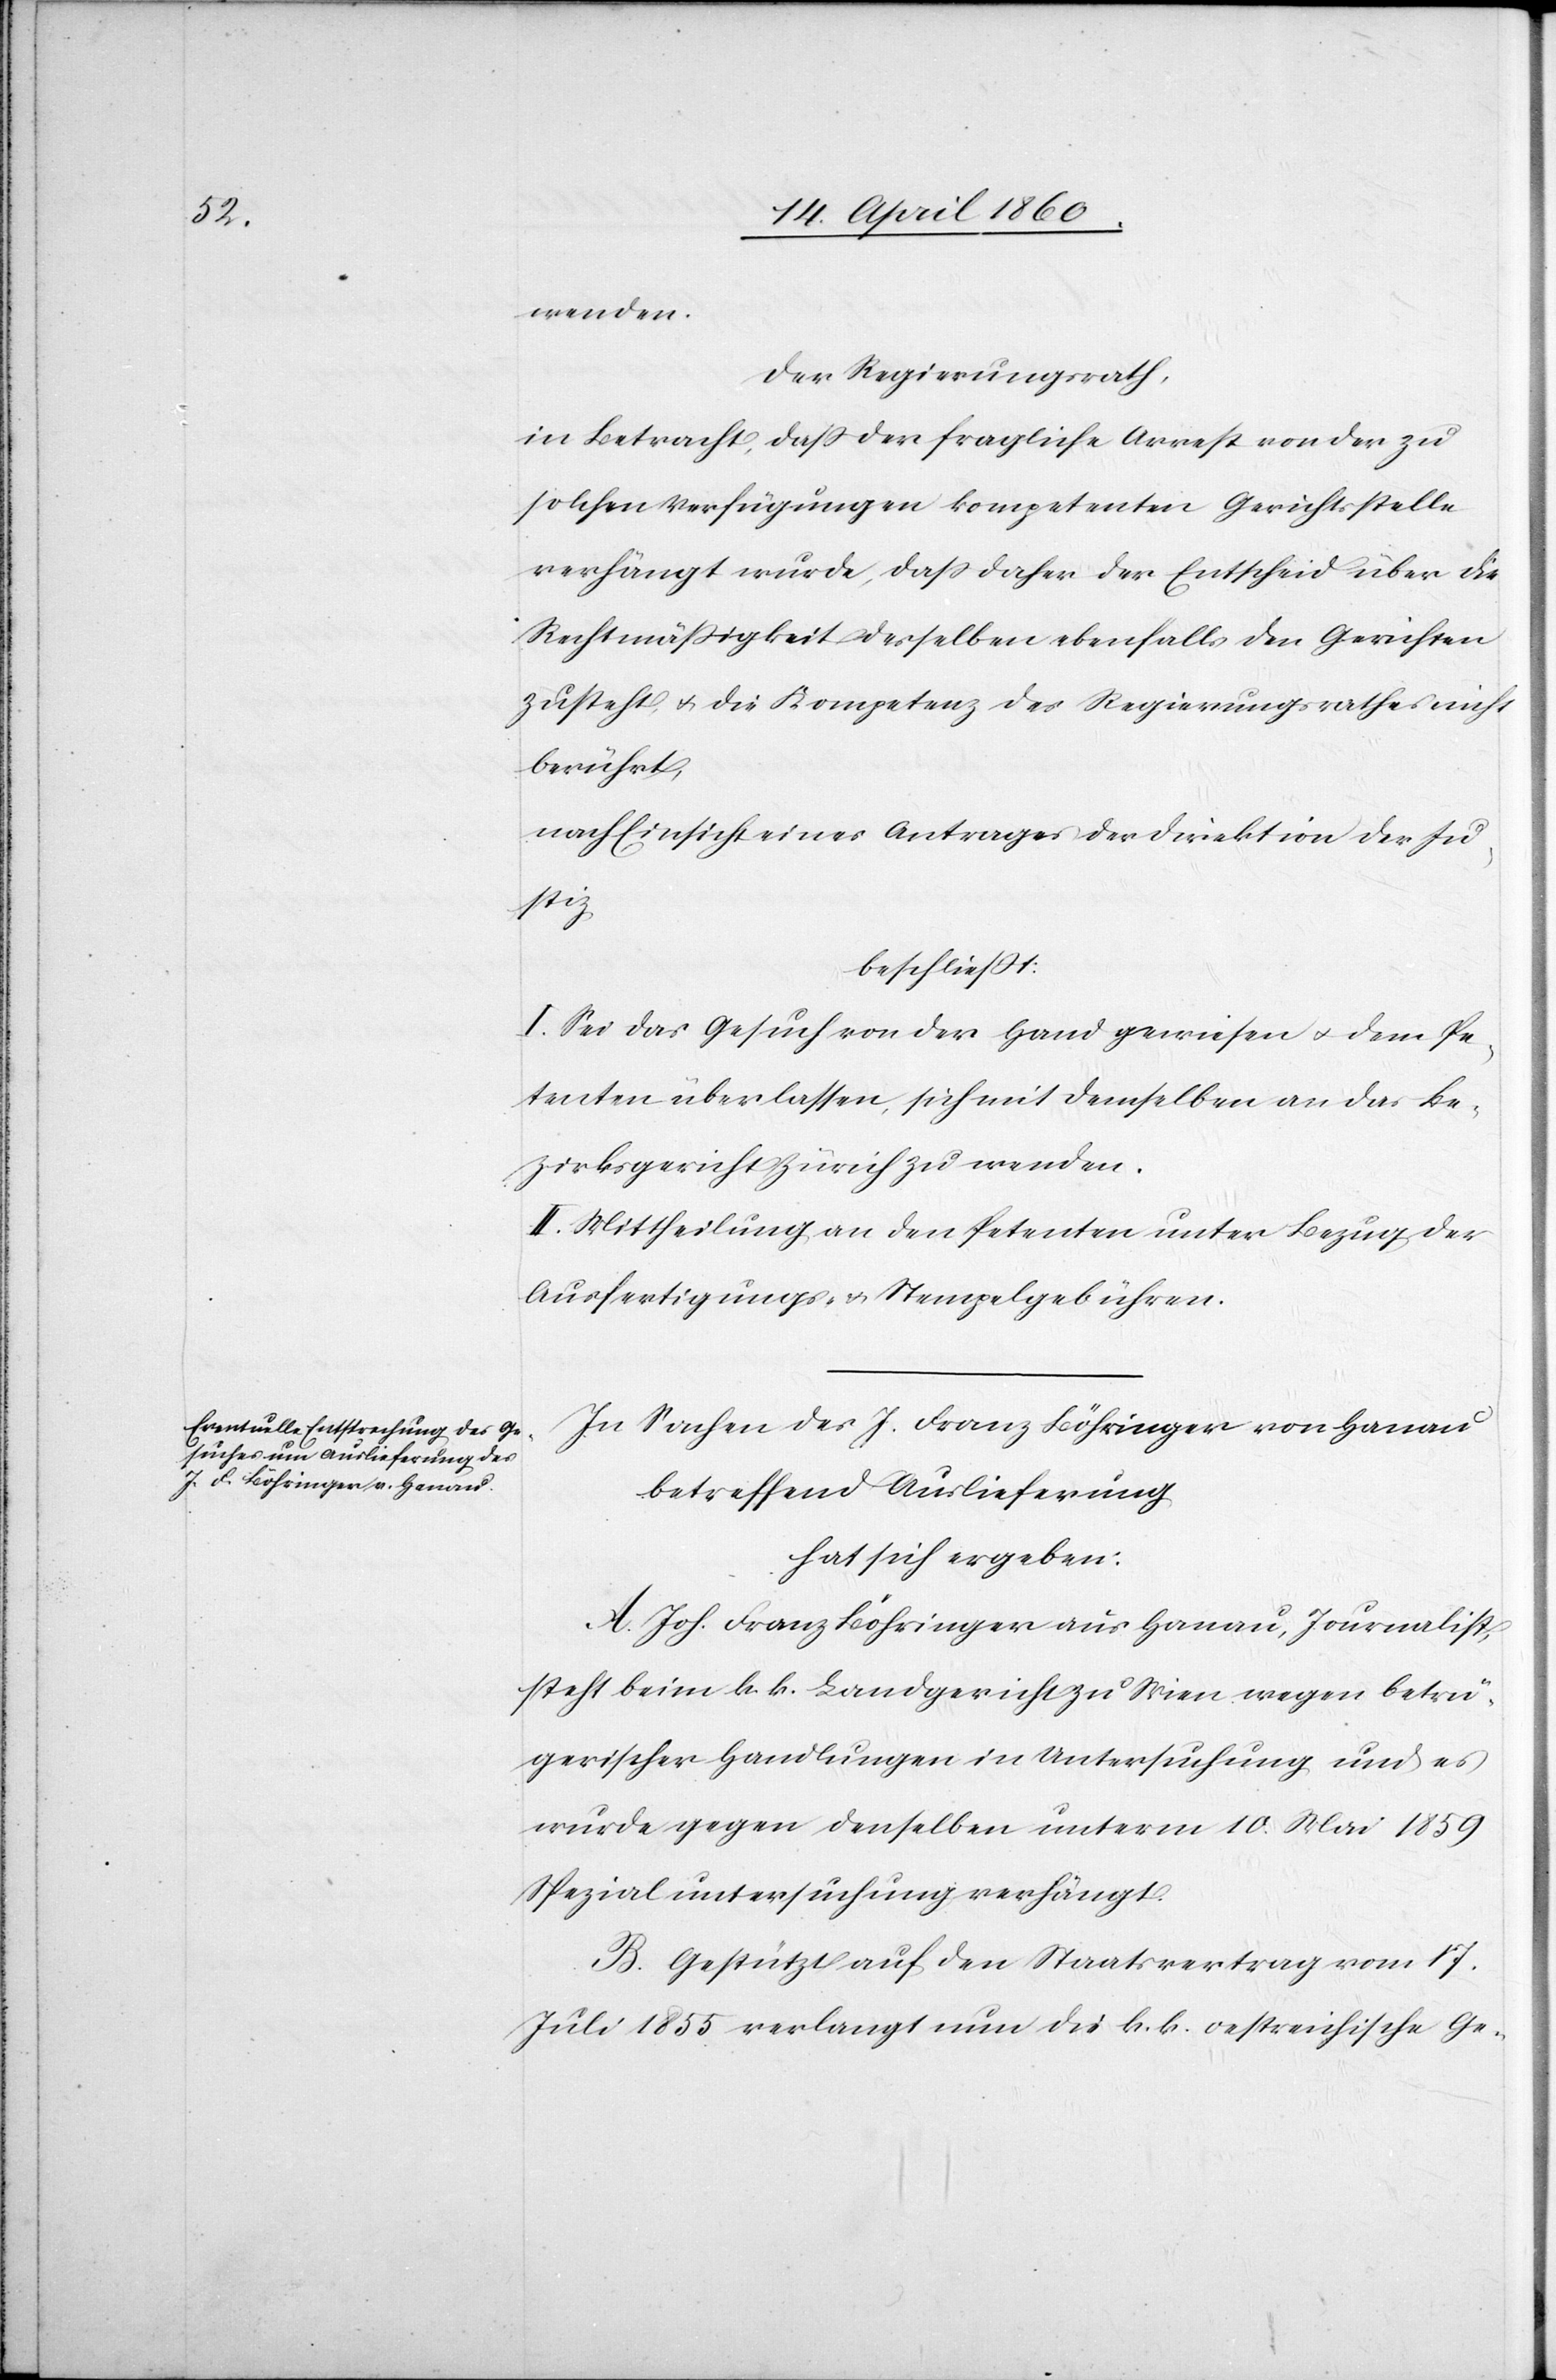
wenden.
Der Regierungsrath,
in Betracht, dass der fragliche Arrest von der zu
solchen Verfügungen kompetenten Gerichtsstelle
verhängt wurde, dass daher der Entscheid über die
Rechtmässigkeit desselben ebenfalls den Gerichten
zusteht, u. die Kompetenz des Regierungsrathes nicht
berührt,
nach Einsicht eines Antrages der Direktion der Ju¬
stiz,
beschliesst;
I. Sei das Gesuch von der Hand gewiesen u. dem Pe¬
tenten überlassen, sich mit demselben an das Be¬
zirksgericht Zürich zu wenden.
II. Mittheilung an den Petenten unter Bezug der
Ausfertigungs- u. Stempelgebühren.
In Sachen des J. Franz Böhringer von Hanau
betreffend Auslieferung
hat sich ergeben.
A. Joh. Franz Böhringer aus Hanau, Journalist,
steht beim k. k. Landgericht zu Wien wegen betrü¬
gerischer Handlungen in Untersuchung und es
wurde gegen denselben unterm 10. Mai 1859
Spezialuntersuchung verhängt.
B. Gestützt auf den Staatsvertrag vom 17.
Juli 1855 verlangt nun die k. k. oestreichische Ge-